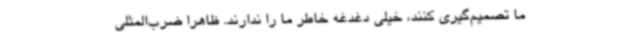
ما تصمیم‌گیری کنند، خیلی دغدغه خاطر ما را ندارند. ظاهرا ضرب‌المثلی